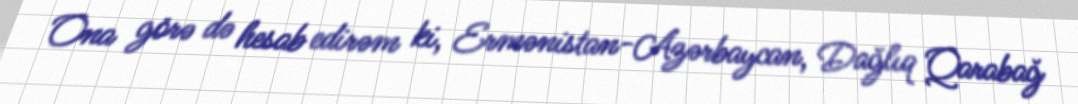
Ona görə də hesab edirəm ki, Ermənistan-Azərbaycan, Dağlıq Qarabağ